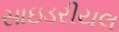
સાઇડરીયલ